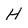
Character: H